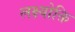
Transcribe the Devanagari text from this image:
लक्ष्योक्ति